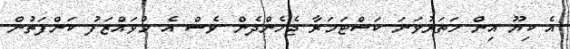
އެ ކިޔޫ އިން ހަތަރުވަނަ ކަސްޓަމަރާ ޖެހެންދެން ވެސް އެ މުވައްޒަފު ކަންފަތުން